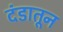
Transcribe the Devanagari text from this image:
दंडातून